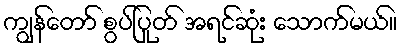
ကျွန်တော် စွပ်ပြုတ် အရင်ဆုံး သောက်မယ်။